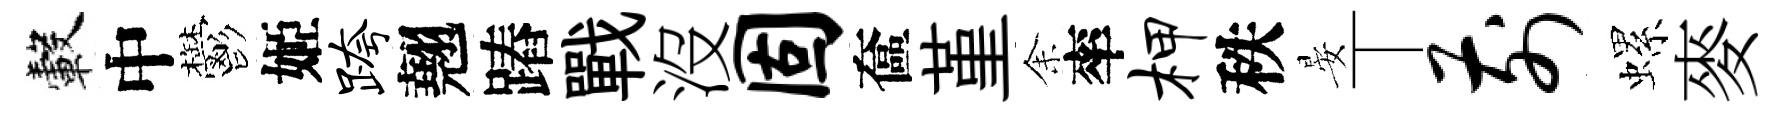
轂中鬱姬跨翹蹖戰沒固奩堇𪜬率柙秩晏丅前螺麥